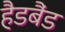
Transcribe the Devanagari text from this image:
हैडबैंड